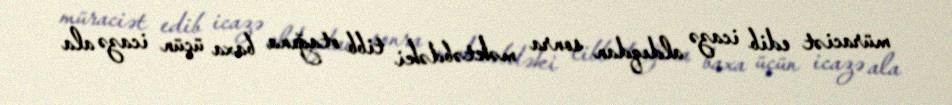
müraciət edib icazə aldıqdan sonra məktəbdəki tibb otağına baxa üçün icazə ala